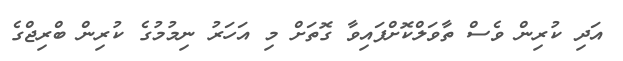
އަދި ކުރިން ވެސް ތާވަލްކޮށްފައިވާ ގޮތަށް މި އަހަރު ނިމުމުގެ ކުރިން ބްރިޖްގެ